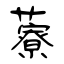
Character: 藔